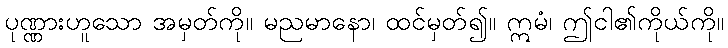
ပုဏ္ဏားဟူသော အမှတ်ကို။ မညမာနော၊ ထင်မှတ်၍။ ဣမံ၊ ဤငါ၏ကိုယ်ကို။